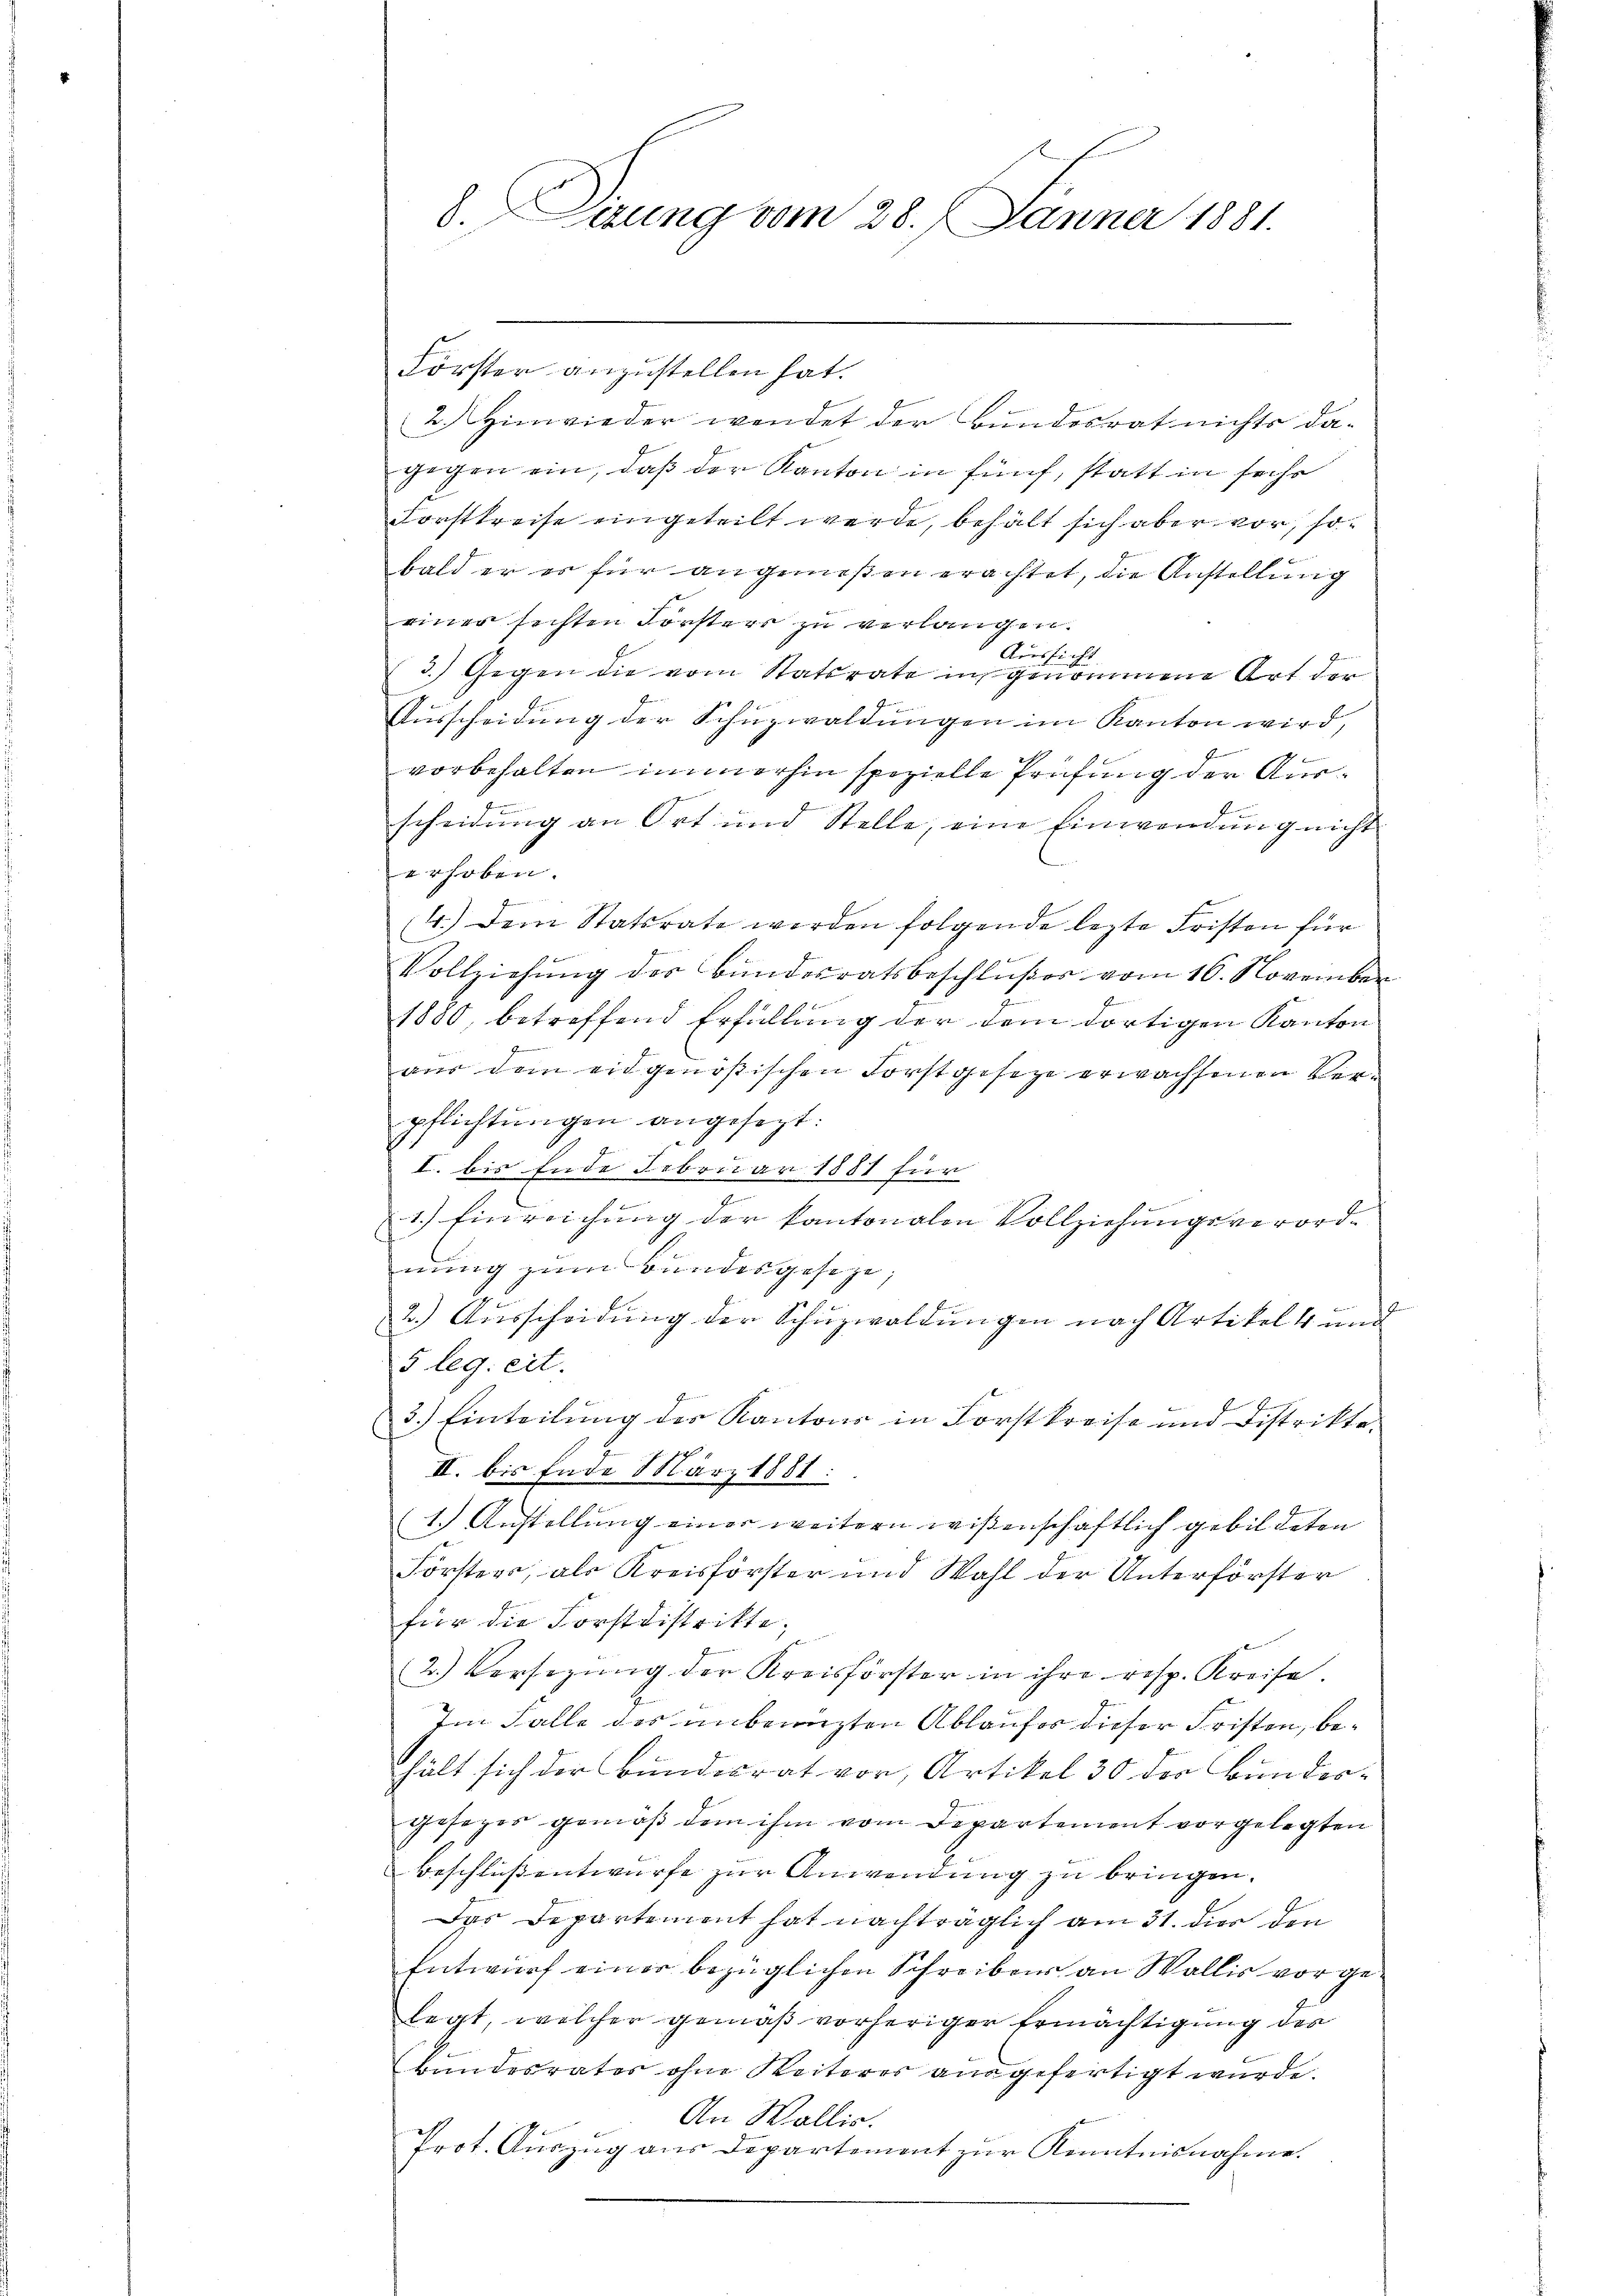
Förster anzustellen hat.
2.) Hinwieder wendet der Bundesrat nichts da-
gegen ein, daß der Kanton in fünf, statt in sechs
Forstkreise eingeteilt werde, behält sich aber vor, sof
bald er es für angenießen erachtet, die Anstellung
einer sechten Forsters zu verlangen.
Aussich
3.) Gegen die vom Statsrate in genommene Ort der
Ausscheidung der Schüzwaldungen im Kanton wird,
Ei
vorbehalten immerhin spezielle Prüfung der Ausscheidung an Ort und Stelle, eine Einwendung nicht
erhoben.
e
4.) Dem Statsrate werden folgende lezte Fristen für
Vollziehŭng des Bŭndesratsbeschlŭβes vom 16. November
K
1880, betreffend Erfüllung der dem dortigen Kanton
aus dem eidgenößischen Forstgesetze erwachsenen Verpflichtŭngen angesezt:
I. bis Ende Februar 1881 für
1.) Einreichung der kantonalen Vollziehungsverordnung zum Bundesgeseze,
2.) Ausscheidung der Schuzwaldungen nach Artikel 4 und
5 leg. eit.
3.) Einteilung des Kantons in Forstkreise und Distrikte-
II. bis Ende März 1881:
1.) Anstellung einer weitern wissenschaftlich gebildeten
Försters, als Kreisförster und Wahl der Unterförster
für die Forstdistritte,
2.) Versezung der Kreisförster in ihre resp. Kreise.
Im Falle des unbenuzten Ablaufes dieser Fristen, behält sich der Bundesrat vor, Artikel 30 der Bunder-
gesezes gemäß dem ihm vom Departement vorgelegten
Beschlussentwurfe zur Anwendung zu bringen.
Das Departement hat nachträglich am 31. dies den
Entwurf einer bezüglichen Schreibens an Wallis vor gelegt, welcher gemäß vorheriger Ermächtigung des
Bundesrates ohne Reiteres ausgefertigt wurde.
An Wallis.
Prot. Auszug aus Departement zur Kenntnisnahme.

8. Sirung vom 28. Jänner 1881.